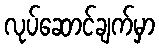
လုပ်ဆောင်ချက်မှာ